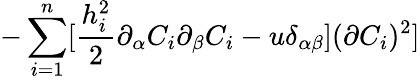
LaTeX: -\sum_{i=1}^{n}[\frac{h_{i}^{2}}{2}\partial_{\alpha}C_{i}\partial_{\beta}C_{i}-u\delta_{\alpha\beta}](\partial C_{i})^{2}]